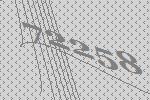
72258